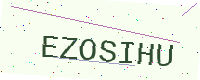
Text: EZOSIHU